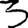
Digit: 3